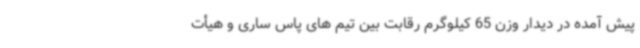
پیش آمده در دیدار وزن 65 کیلوگرم رقابت بین تیم های پاس ساری و هیأت